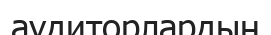
аудиторлардың